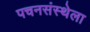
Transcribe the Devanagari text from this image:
पचनसंस्थेला